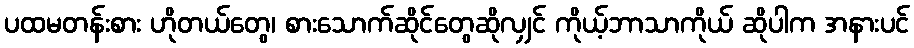
ပထမတန်းစား ဟိုတယ်တွေ၊ စားသောက်ဆိုင်တွေဆိုလျှင် ကိုယ့်ဘာသာကိုယ် ဆိုပါက အနားပင်